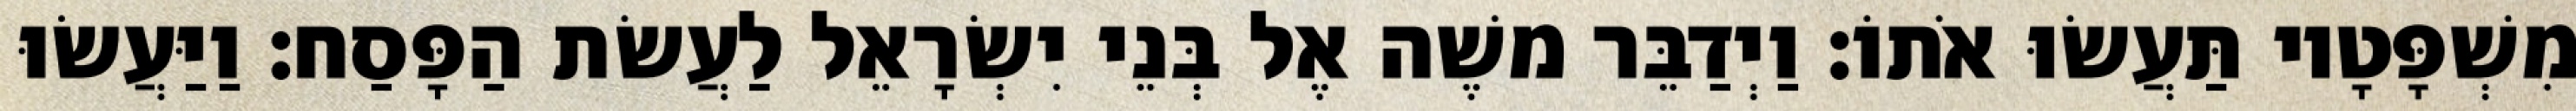
מִשְׁפָּטָיו תַּעֲשׂוּ אֹתוֹ׃ וַיְדַבֵּר משֶׁה אֶל בְּנֵי יִשְׂרָאֵל לַעֲשׂת הַפָּסַח׃ וַיַּעֲשׂוּ